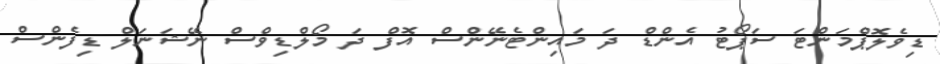
ޑިވެލޮޕްމަންޓަ ސަޕޯޓު އެންޑް ދަ މައިންޓެނޭންސް އޮފް ދަ މޯލްޑިވްސް ނޭޝަނަލް ޑިފެންސް